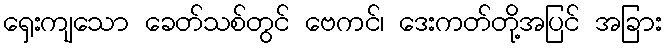
ရှေးကျသော ခေတ်သစ်တွင် ဗေကင်၊ ဒေးကတ်တို့အပြင် အခြား